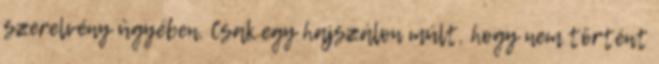
szerelvény ügyében. Csak egy hajszálon múlt, hogy nem történt